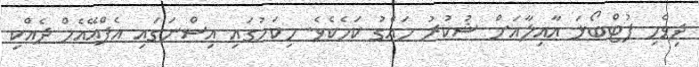
ދިވެހި ފުޓްބޯޅަ އާއިލާއަށް ޝުކުރު ހައްގު ކަމެކެވެ. މިކަމުގައި އިސްނަގައި އެފްއޭއެމް ދެއްކި